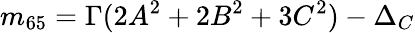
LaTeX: m_{65}=\Gamma(2A^{2}+2B^{2}+3C^{2})-\Delta_{C}